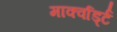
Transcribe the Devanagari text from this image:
मार्क्वार्ड्ट